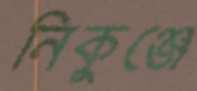
নিকুঞ্জে